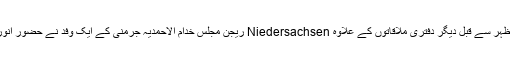
٭ …09؍فروری بروز ہفتہ: آج نمازِ ظہر سے قبل دیگر دفتری ملاقاتوں کے علاوہ Niedersachsen ریجن مجلس خدام الاحمدیہ جرمنی کے ایک وفد نے حضور انور سے ملاقات کی سعادت حاصل کی۔